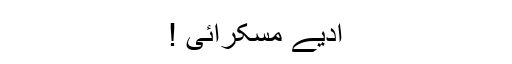
ادیے مسکرائی !